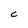
Character: C